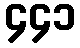
၄၄၁